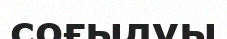
соғылуы